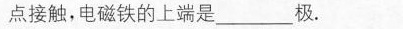
点接触，电磁铁的上端是___极。